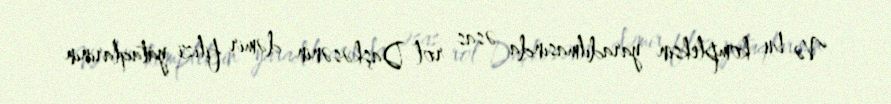
Və bu kompleksin yaradılmasında əsas rol Daşkəsənin dəmir filizi yataqlarının